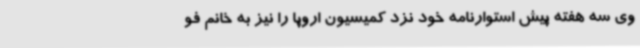
وی سه هفته پیش استوارنامه خود نزد کمیسیون اروپا را نیز به خانم فو